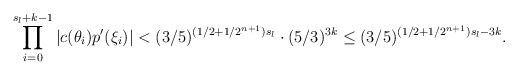
\begin{align*}\prod \limits^{s_l + k-1}_{i = 0} |c(\theta_i)p'(\xi_i)| < (3/5)^{(1/2 + 1/2^{n+1})s_l} \cdot (5/3)^{3k} \leq (3/5)^{(1/2 + 1/2^{n+1})s_l - 3k}.\end{align*}